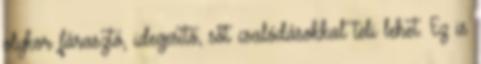
olykor fárasztó, idegesítő, sőt csalódásokkal teli lehet. Ez is